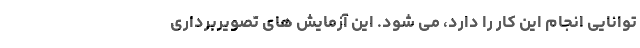
توانایی انجام این کار را دارد، می شود. این آزمایش های تصویربرداری